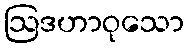
ဩဒဟာဝုသော